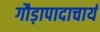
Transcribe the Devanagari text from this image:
गौड़ापादाचार्य